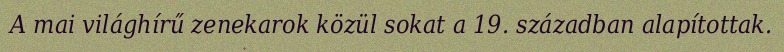
A mai világhírű zenekarok közül sokat a 19. században alapítottak.